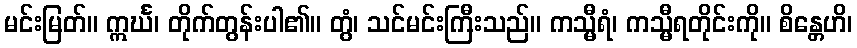
မင်းမြတ်။ ဣင်္ဃ၊ တိုက်တွန်းပါ၏။ တွံ၊ သင်မင်းကြီးသည်။ ကသ္မီရံ၊ ကသ္မီရတိုင်းကို။ စိန္တေဟိ၊